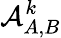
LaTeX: \mathcal{A}_{A,B}^{k}